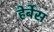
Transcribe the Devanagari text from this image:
हेर्बेस